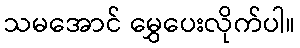
သမအောင် မွှေပေးလိုက်ပါ။